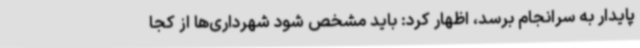
پایدار به سرانجام برسد، اظهار کرد: باید مشخص شود شهرداری‌ها از کجا